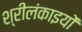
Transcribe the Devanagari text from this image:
श्रीलंकाइयों